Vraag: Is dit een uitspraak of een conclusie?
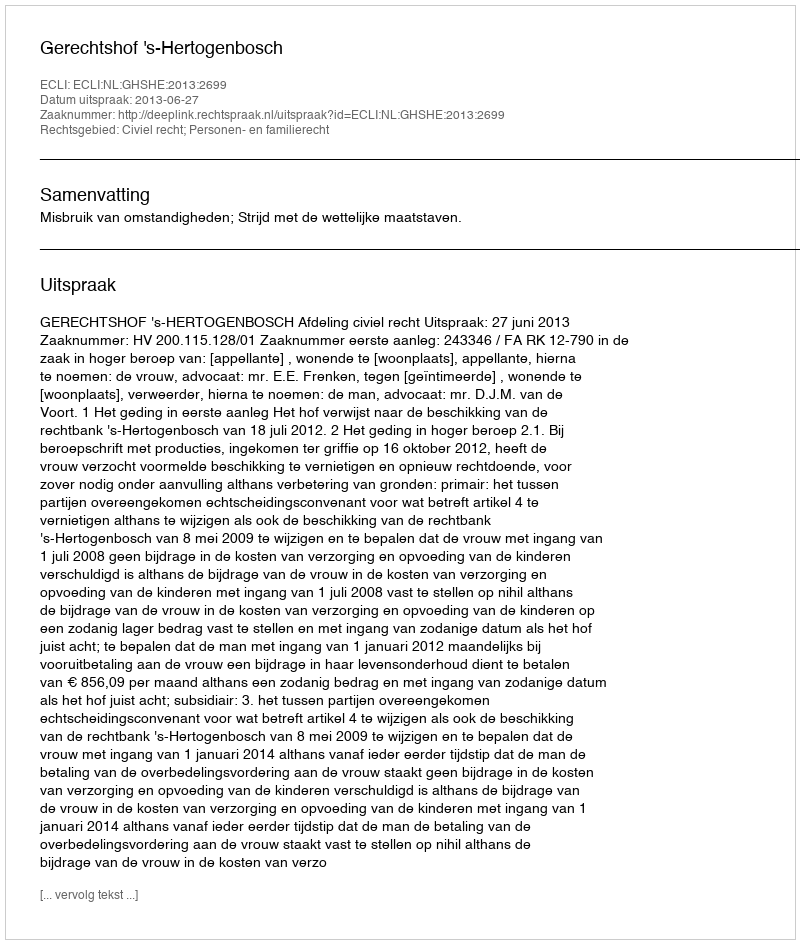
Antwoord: Uitspraak